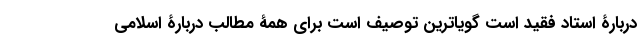
دربارۀ استاد فقید است گویاترین توصیف است برای همۀ مطالب دربارۀ اسلامی